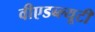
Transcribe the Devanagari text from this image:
वीएडब्ल्यूटी